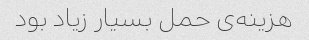
هزینه‌ی حمل بسیار زیاد بود